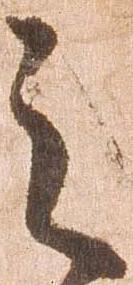
之